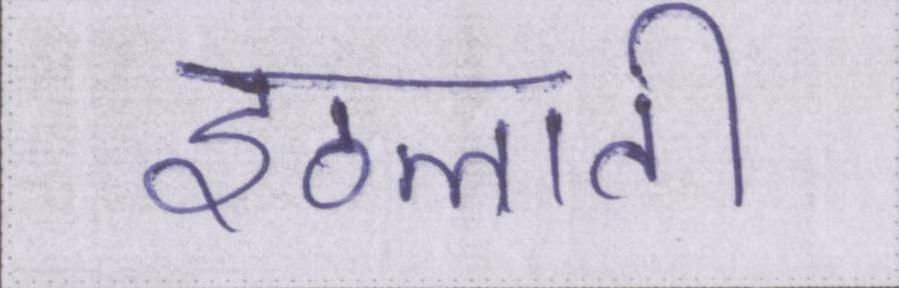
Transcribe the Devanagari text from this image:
इठलाती